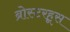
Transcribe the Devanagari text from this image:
ब्रोस्टरहूस